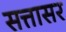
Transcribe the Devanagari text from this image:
सत्तासर